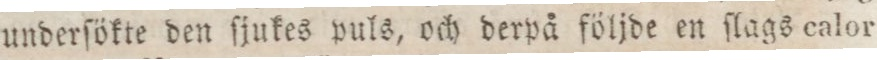
underſökte den ſjukes puls, och derpå följde en ſlags calor